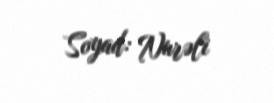
Soyad: Nurəli